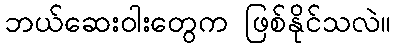
ဘယ်ဆေးဝါးတွေက ဖြစ်နိုင်သလဲ။